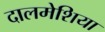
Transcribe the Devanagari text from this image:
दालमेशिया